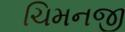
ચિમનજી